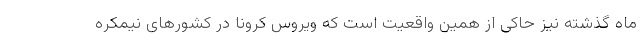
ماه گذشته نیز حاکی از همین واقعیت است که ویروس کرونا در کشورهای نیمکره